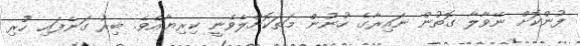
ފުންކޮށް ނޭވާލާ ގޮތުން ނައިރާގެ ހުނުން މަތަކޮށްލެވެނީ ކިރިޔާއެވެ. ބިރު ގަނެފައި ހުުރި